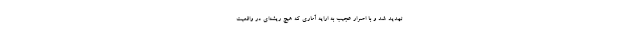
تهدید شد و با اصرار عجیب به ارایه آماری که هیچ ریشه‌ای در واقعیت